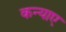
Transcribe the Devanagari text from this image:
कन्याए